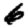
Digit: 6